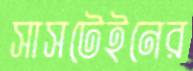
সাসটেইনের